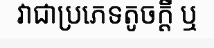
វាជាប្រភេទតូចក្តី ឬ